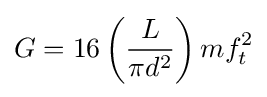
G=16\left({\frac {L}{\pi d^{2}}}\right)mf_{t}^{2}